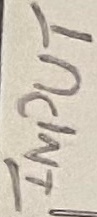
Text: INPUT